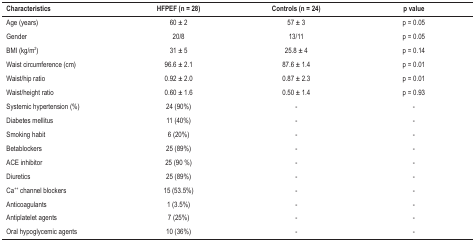
<table><thead><tr><td><b>Characteristics</b></td><td><b>HFPEF (n = 28)</b></td><td><b>Controls (n = 24)</b></td><td><b>p value</b></td></tr></thead><tbody><tr><td>Age (years)</td><td>60 ± 2</td><td>57 ± 3</td><td>p = 0,05</td></tr><tr><td>Gender</td><td>20/8</td><td>13/11</td><td>p = 0,05</td></tr><tr><td>BMI (kg/m<sup>2</sup>)</td><td>31 ± 5</td><td>25.8 ± 4</td><td>p = 0,14</td></tr><tr><td>Waist circumference (cm)</td><td>96.6 ± 2.1</td><td>87.6 ± 1.4</td><td>p = 0,01</td></tr><tr><td>Waist/hip ratio</td><td>0.92 ± 2.0</td><td>0.87 ± 2.3</td><td>p = 0,01</td></tr><tr><td>Waist/height ratio</td><td>0.60 ± 1.6</td><td>0.50 ± 1.4</td><td>p = 0,93</td></tr><tr><td>Systemic hypertension (%)</td><td>24 (90%)</td><td>-</td><td>-</td></tr><tr><td>Diabetes mellitus</td><td>11 (40%)</td><td>-</td><td>-</td></tr><tr><td>Smoking habit</td><td>6 (20%)</td><td>-</td><td>-</td></tr><tr><td>Betablockers</td><td>25 (89%)</td><td>-</td><td>-</td></tr><tr><td>ACE inhibitor</td><td>25 (90 %)</td><td>-</td><td>-</td></tr><tr><td>Diuretics</td><td>25 (89%)</td><td>-</td><td>-</td></tr><tr><td>Ca++ channel blockers</td><td>15 (53.5%)</td><td>-</td><td>-</td></tr><tr><td>Anticoagulants</td><td>1 (3.5%)</td><td>-</td><td>-</td></tr><tr><td>Antiplatelet agents</td><td>7 (25%)</td><td>-</td><td>-</td></tr><tr><td>Oral hypoglycemic agents</td><td>10 (36%)</td><td>-</td><td>-</td></tr></tbody></table>